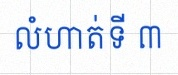
លំហាត់ទី ៣